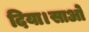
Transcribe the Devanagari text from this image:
दिया।साओ